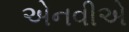
એનવીએ